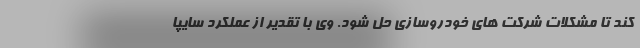
كند تا مشكلات شركت هاي خودروسازي حل شود. وي با تقدير از عملكرد سايپا